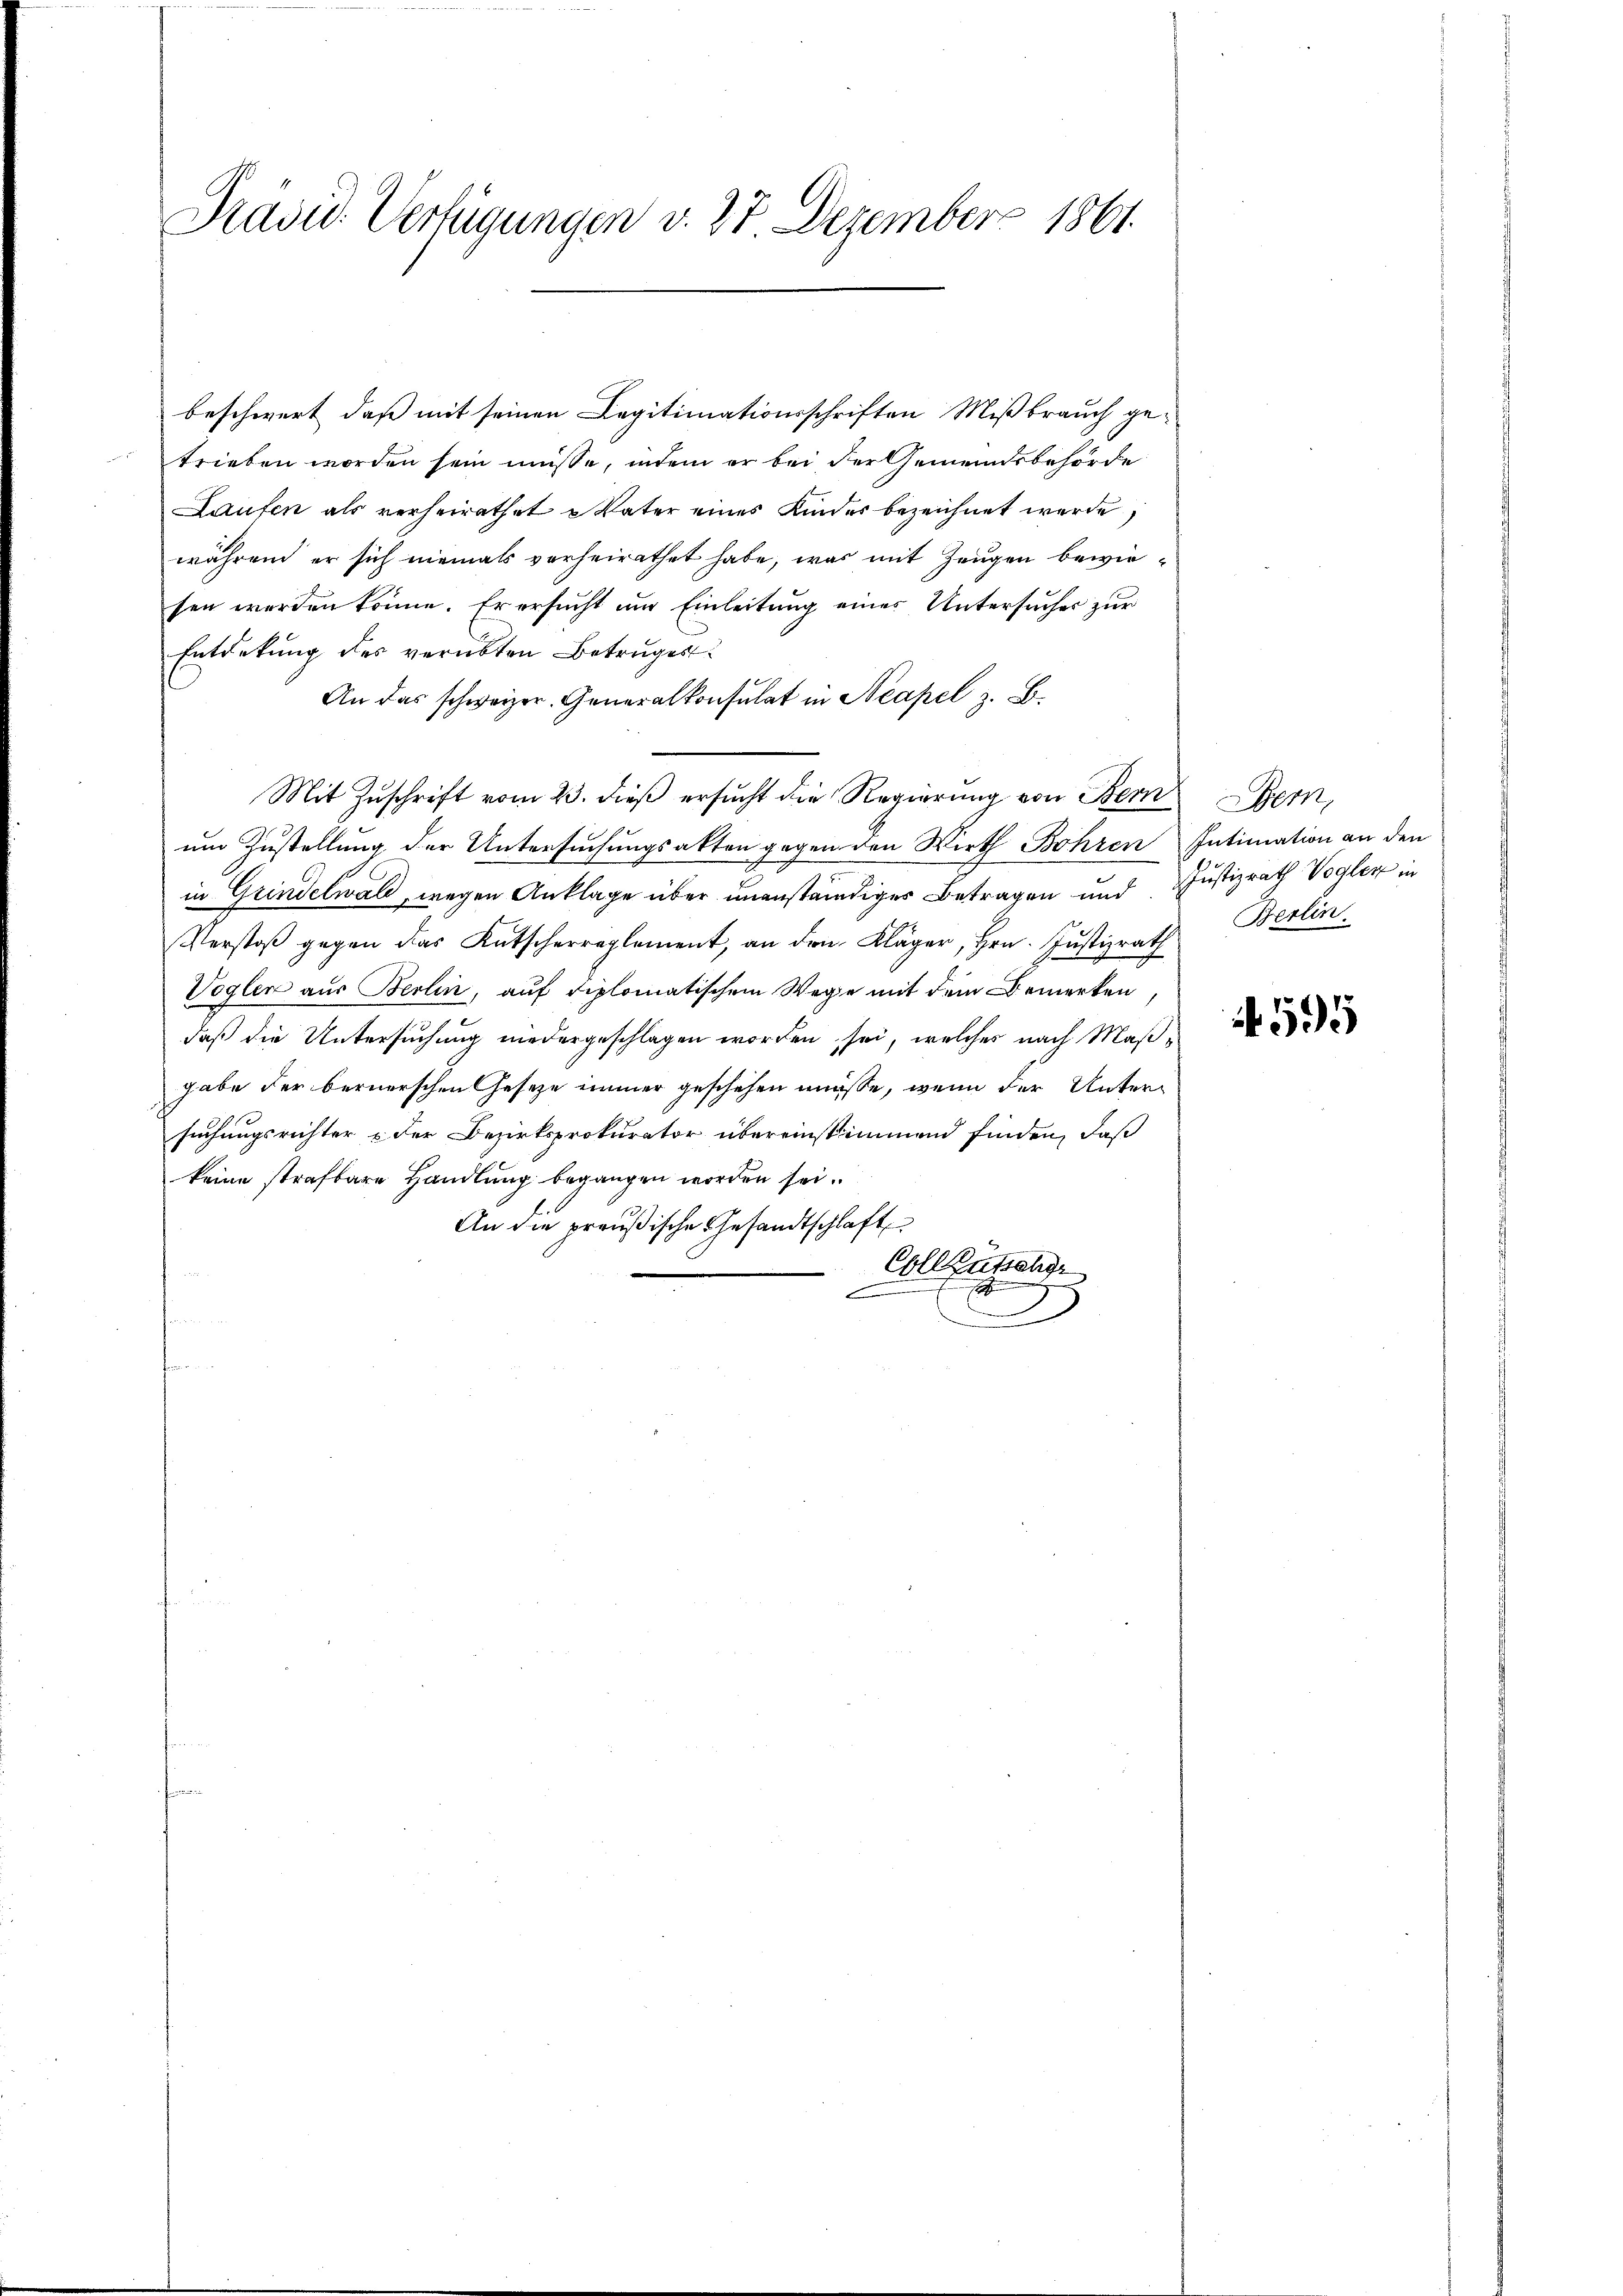
Präsid. Verfügungen v. 27 Dezember 1861.

beschwert, daß mit seinen Legitimationsschriften Mißbrauch ge-
trieben worden sein müsse, indem er bei der Gemeindsbehörde
Laufen als verheirathet Vater eines Kinder bezeichnet werde,
während er sich niemals vorheirathet habe, was mit Zeugen bewiesen werden könne. Er ersucht um Einleitung einer Untersuches zur
Entdekung des verübten Betruges
An das schweizer. Generalkonsulat in Neapel z. B.
Mit Zuschrift vom 23. dieß ersucht die Regierung von Bern Bern,
um Zustellung der Untersuchungsakten gegen den Wirth Bohren Intimation an den
in Grindelwald, wegen Anklage über unanständiger Betragen und Justizrath Vogler in
Verstoβ gegen das Kutscherreglement, an den Kläger, Hrn. Jŭstizrath Berlin
Vogler aus Berlin, auf diplomatischem Wege mit dem Bemerken
daß die Untersuchung niedergeschlagen worden sei, welches nach Maßgabe der bernerschen Gesetze immer geschehen müße, wenn der Untersuchungsrichter & der Bezirksprokurator übereinstimmend finden, daß
keine strafbare Handlung begangen worden sei.
An die preußische Gesandtschlaft
Cole Zufahr
n
i
.

if. 595